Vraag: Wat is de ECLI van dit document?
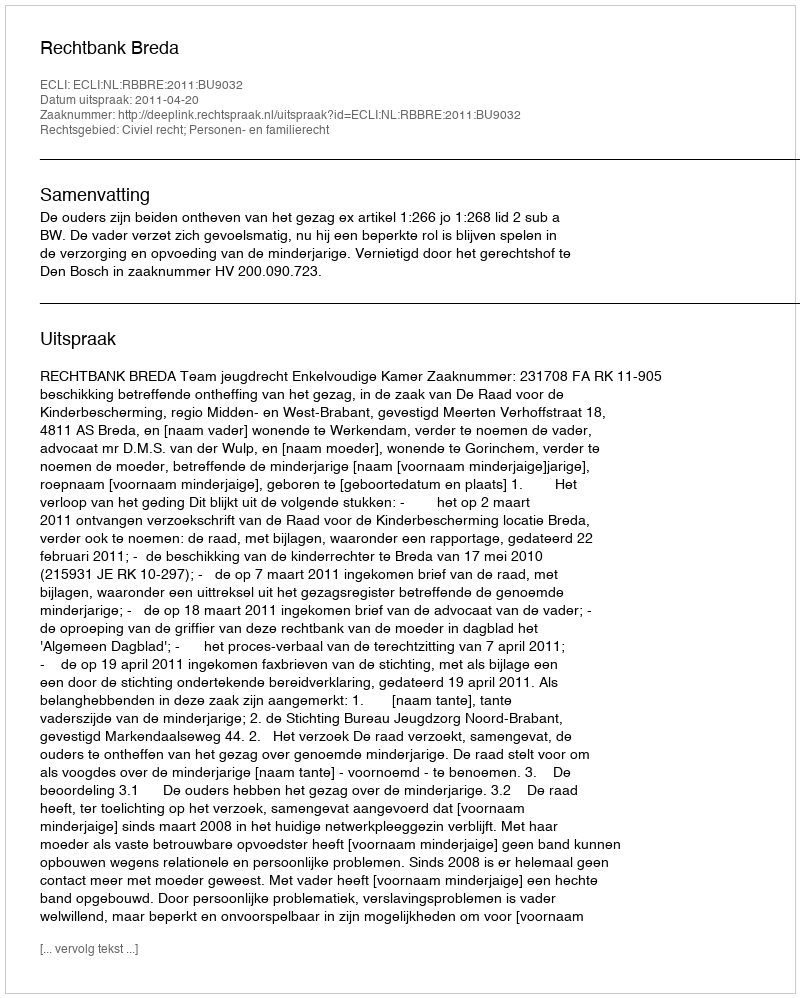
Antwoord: ECLI:NL:RBBRE:2011:BU9032